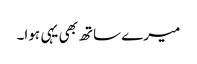
میرے ساتھ بھی یہی ہوا۔